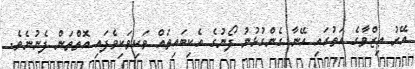
އޭރު ޢިޒްވާގެ އަތުގައި އޭނާ ގެންގުޅުނު ފޯނުގެ އެކިބައިތައް ވަކިވަކިވެފައި އޮތްތަން ފެނުނެވެ.